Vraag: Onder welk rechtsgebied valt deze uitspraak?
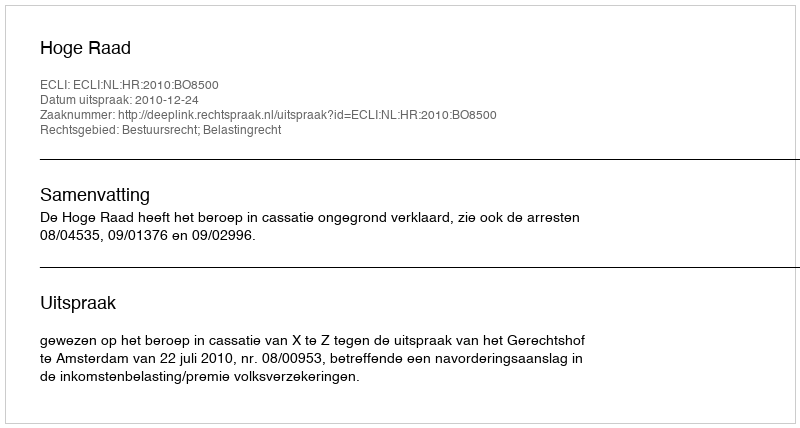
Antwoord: Bestuursrecht; Belastingrecht